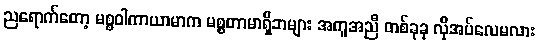
ညရောက်တော့ မစ္စဝါကာယာမာက မစ္စတာမာရှိဘများ အကူအညီ တစ်ခုခု လိုအပ်လေမလား